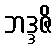
ဘဒ္ဒဇိ